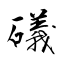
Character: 礒